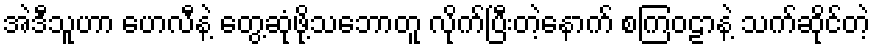
အဲဒီသူဟာ ဟေလီနဲ့ တွေ့ဆုံဖို့သဘောတူ လိုက်ပြီးတဲ့နောက် စကြဝဠာနဲ့ သက်ဆိုင်တဲ့